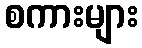
စကားများ